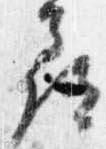
尋